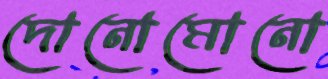
দোনোমোনো